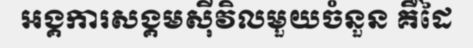
អង្គការសង្គមស៊ីវិលមួយចំនួន គឺដៃ